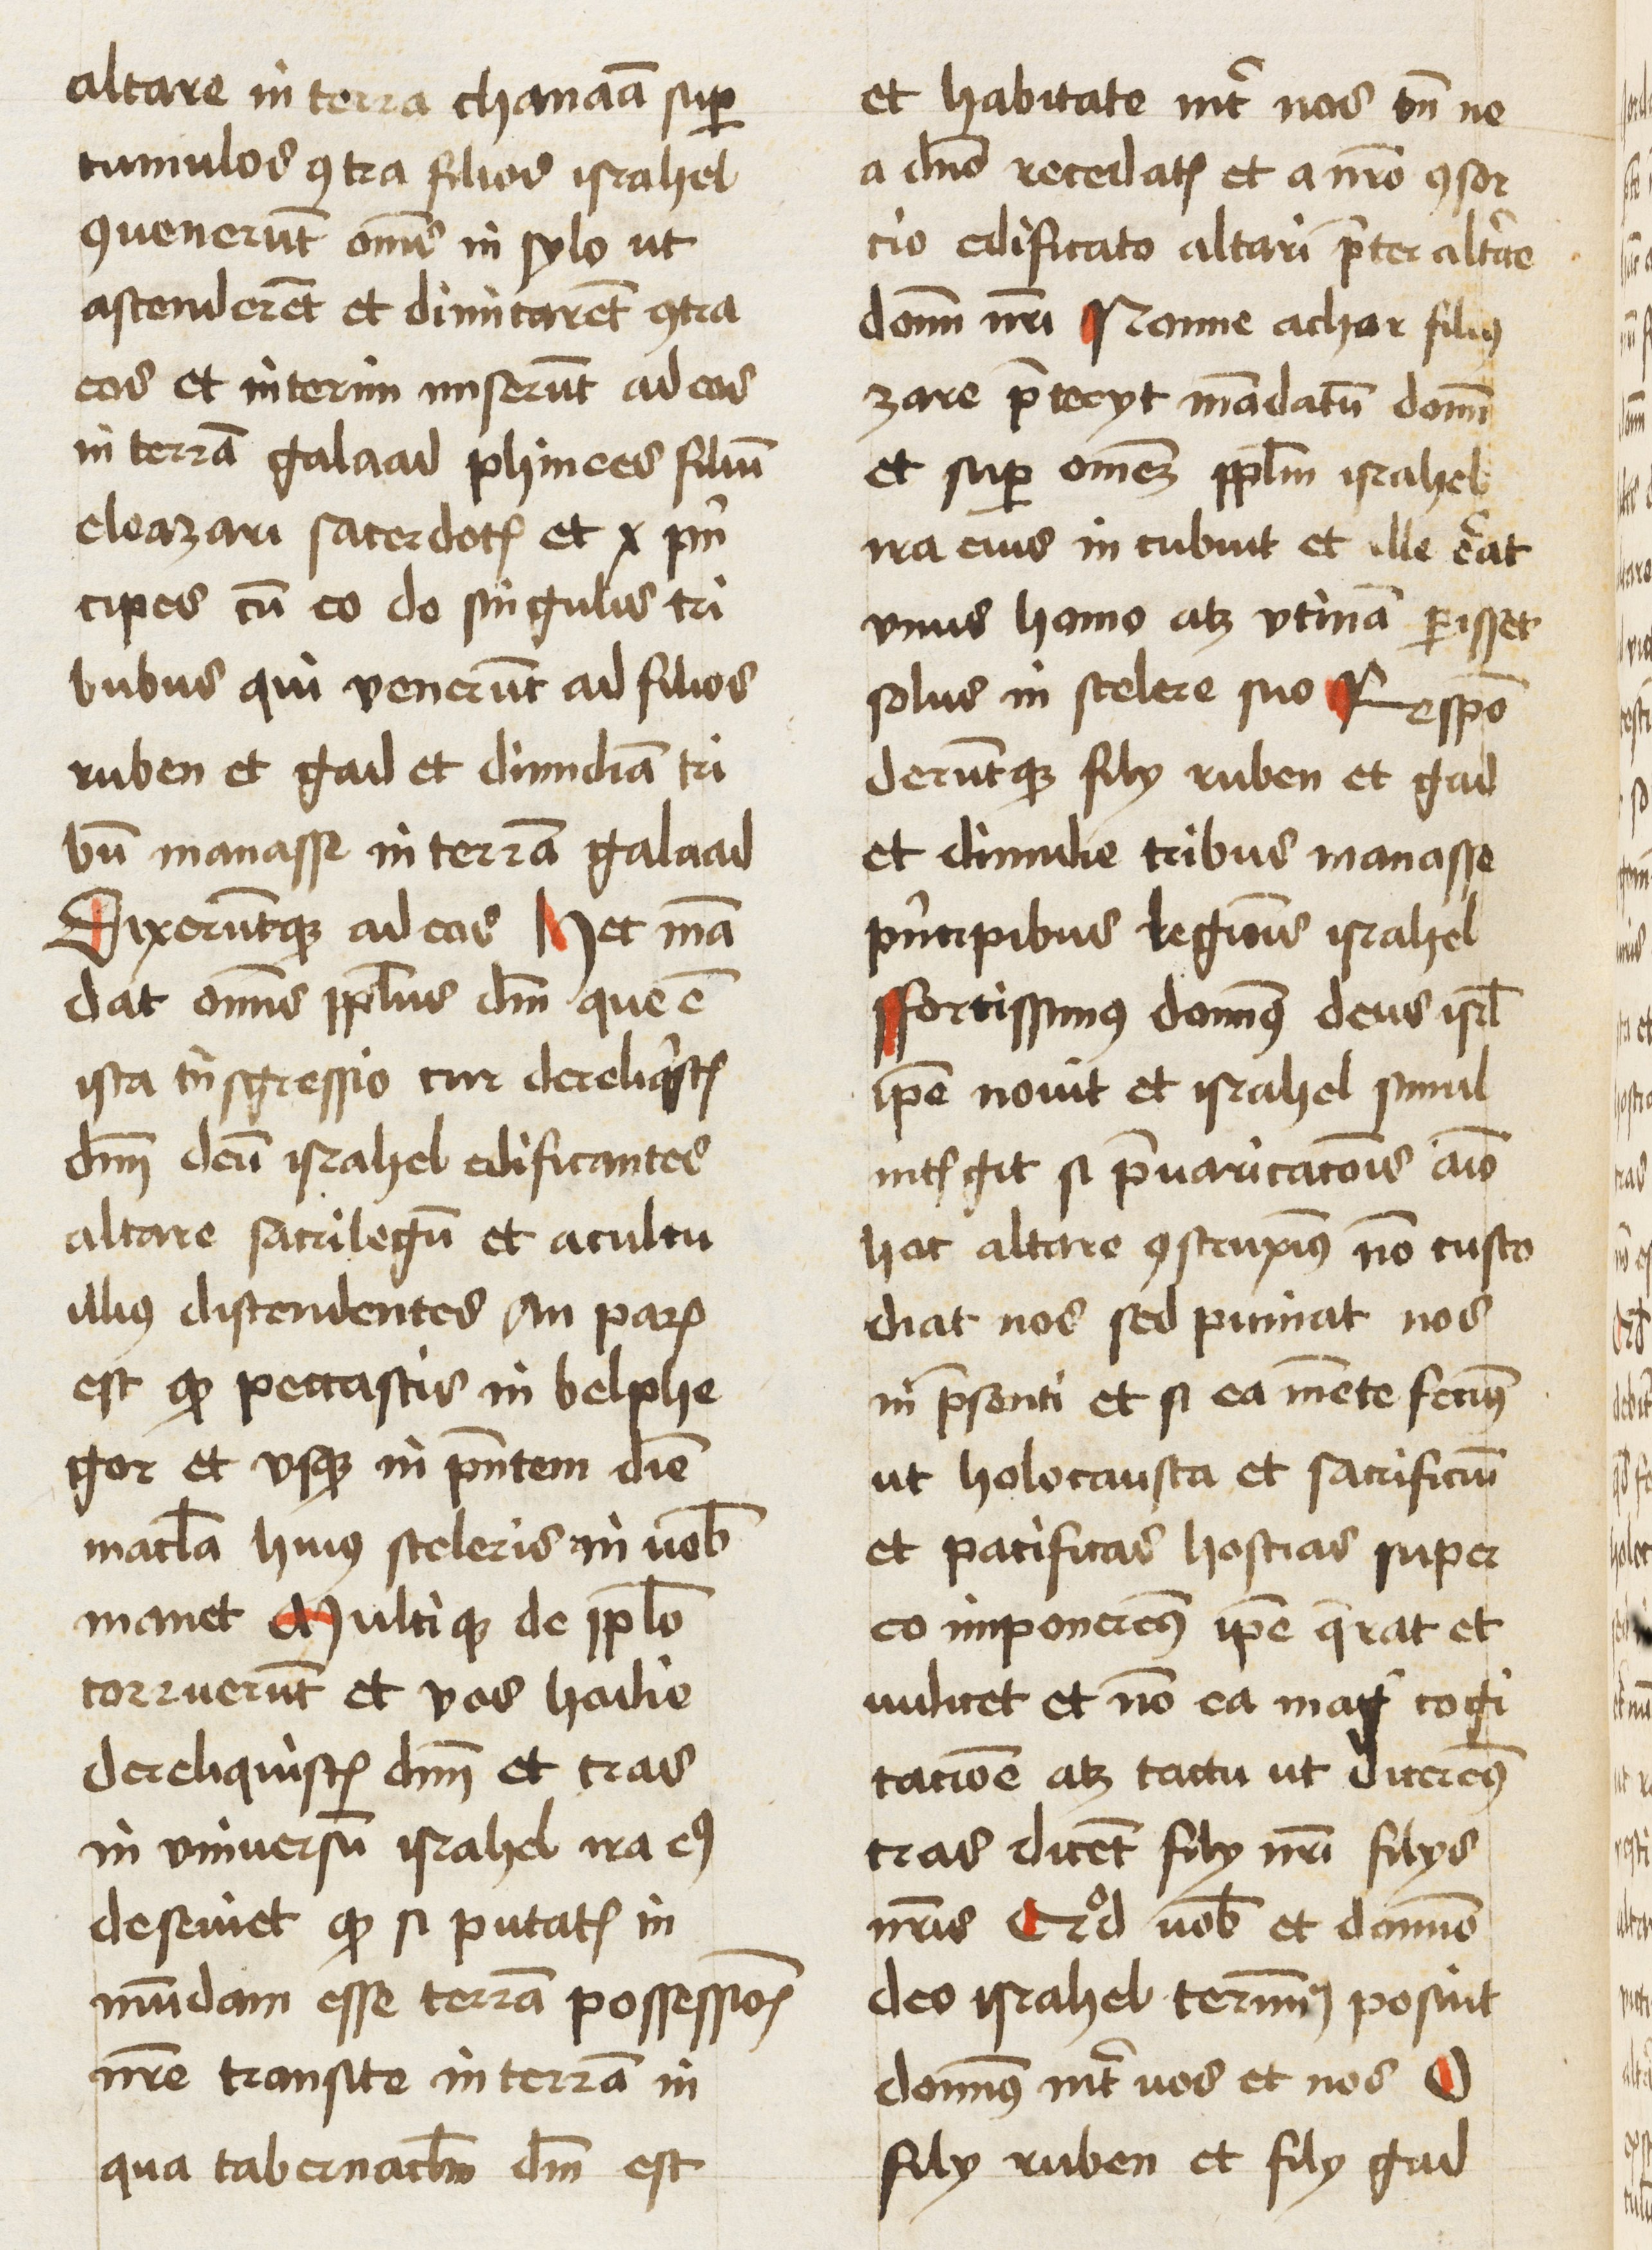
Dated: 1461–1461